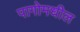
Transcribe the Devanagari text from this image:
पागोमधील